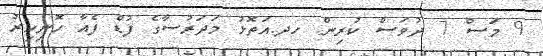
9 މަސް 7 ދުވަސް ކުރިން. ހދ.އަތޮޅު މަދަރުސާގެ ފުޑް ފެއާ ހޮނިހިރު